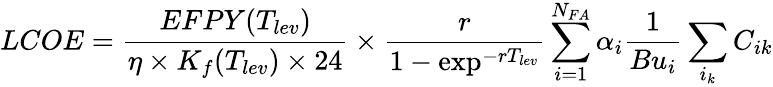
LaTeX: LCOE=\frac{EFPY(T_{lev})}{\eta\times K_{f}(T_{lev})\times 24}\times\frac{r}{1-\exp^{-rT_{lev}}}\sum_{i=1}^{N_{FA}}\alpha_{i}\frac{1}{Bu_{i}}\sum_{i_{k}}C_{ik}